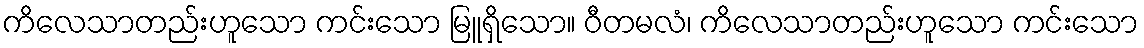
ကိလေသာတည်းဟူသော ကင်းသော မြူရှိသော။ ဝီတမလံ၊ ကိလေသာတည်းဟူသော ကင်းသော